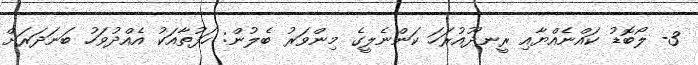
3- ލޯބޮޑު ކައްނެއްޔާއި ރީނދޫއުރަހަ ކަންނެލީގެ މިންވަރު ބެލުން: ހަފުތާއަކު އެއްދުވަހު ބަނަދަރަށް